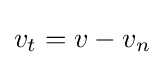
v_{t}=v-v_{n}